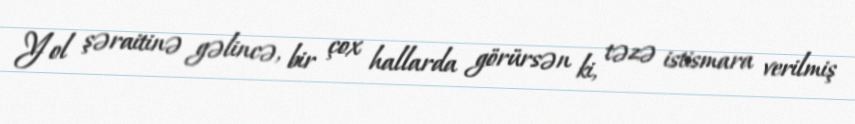
Yol şəraitinə gəlincə, bir çox hallarda görürsən ki, təzə istismara verilmiş